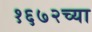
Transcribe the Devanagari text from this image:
१६७२च्या